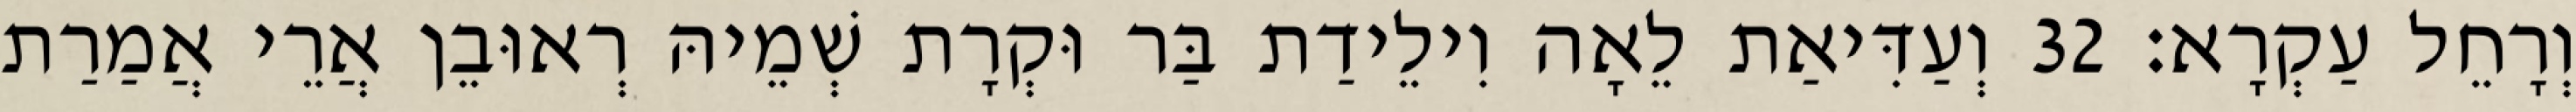
וְרָחֵל עַקְרָא׃ 32 וְעַדִּיאַת לֵאָה וִילֵידַת בַּר וּקְרָת שְׁמֵיהּ רְאוּבֵן אֲרֵי אֲמַרַת